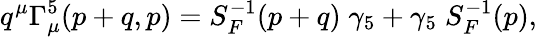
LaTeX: q^{\mu}\Gamma_{\mu}^{5}(p+q,p)=S_{F}^{-1}(p+q)\; \gamma_{5}+\gamma_{5}\; S_{F}^{-1}(p),